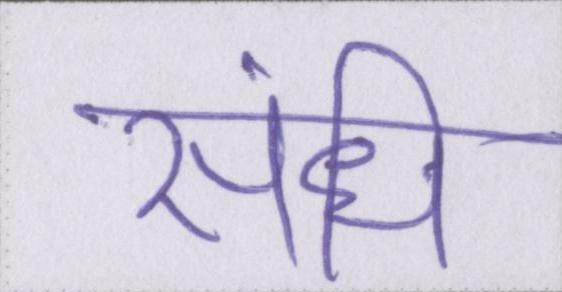
संधि